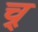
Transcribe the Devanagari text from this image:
च्र्